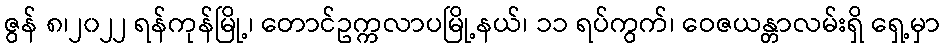
ဇွန် ၈၊၂၀၂၂ ရန်ကုန်မြို့၊ တောင်ဥက္ကလာပမြို့နယ်၊ ၁၁ ရပ်ကွက်၊ ဝေဇယန္တာလမ်းရှိ ရှေ့မှာ